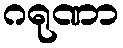
ဂရုဏာ